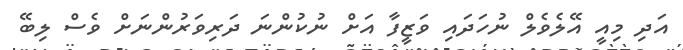
އަދި މިއީ އޭލެވެލް ނުހަދައި ވަޒީފާ އަށް ނުކުންނަ ދަރިވަރުންނަށް ވެސް ލިބޭ